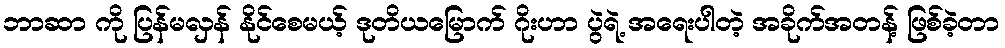
ဘာဆာ ကို ပြန်မလှန် နိုင်စေမယ့် ဒုတိယမြောက် ဂိုးဟာ ပွဲရဲ့ အရေးပါတဲ့ အခိုက်အတန့် ဖြစ်ခဲ့တာ